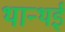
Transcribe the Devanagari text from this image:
थान्थई